Document type: Sale
Year: 1305
Scribe: Bernat de Vilarúbia
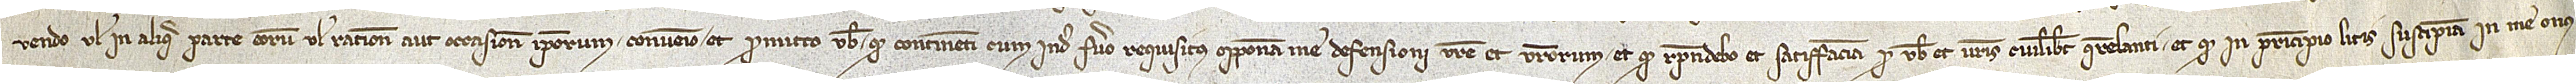
vendo vel in aliqua parte eorum vel ratione aut occasione ipsorum, convenio et promitto vobis quod continenti cum inde fuero requisitus opponam me defensioni vestre et vestrorum; et quod respondebo et satisfaciam pro vobis et vestris cuilibet querelanti; et quod in principio litis suscipiam in me onus